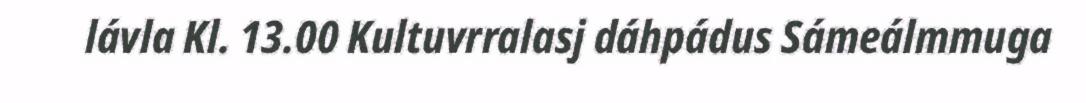
lávla Kl. 13.00 Kultuvrralasj dáhpádus Sámeálmmuga